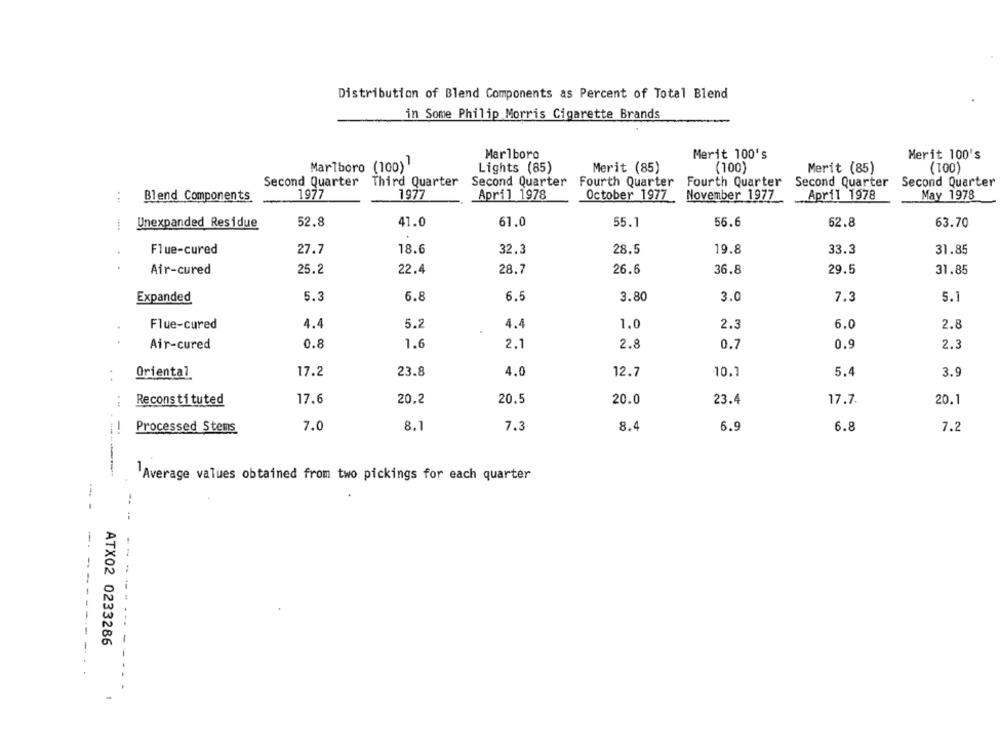
Distribution of Blend Components as Percent of Total Blend
in Some Philip Morris Cigarette Brands
Marlboro
Merit 100's
Merit 100's
Marlboro (100)
Lights (85)
Merit (85)
(100)
Merit (85)
(100)
Second Quarter
Third Quarter
Second Quarter
Fourth Quarter
Fourth Quarter
Second Quarter
Second Quarter
1977
1977
November 1977
April 1978
May 1978
Blend Components
April 1978
October 1977
Unexpanded Residue
52.8
41.0
61.0
55.1
56.6
62.8
63.70
Flue-cured
27.7
18.6
32.3
28.5
19.8
33.3
31.85
Air-cured
25.2
22.4
28.7
26.6
36.8
29.5
31.85
Expanded
5.3
6.8
6.5
3.80
3.0
7.3
5.1
Flue-cured
4.4
5.2
4.4
1.0
2.3
6.0
2.8
Air-cured
0.8
1.6
2.1
2.8
0.7
0.9
2.3
Oriental
17.2
23.8
4.0
12.7
10.1
5.4
3.
Reconstituted
17.6
20.2
20,5
20.0
23.4
17.7.
20.1
7.0
8.1
7.3
8.4
6.9
6.8
7.2
-.
Processed Stens
Average values obtained from two pickings for each quarter
..
--
--
ATX02 0233286
--------